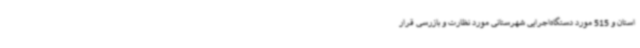
استان و 515 مورد دستگاه‌اجرایی شهرستانی مورد نظارت و بازرسی قرار